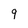
Character: 9